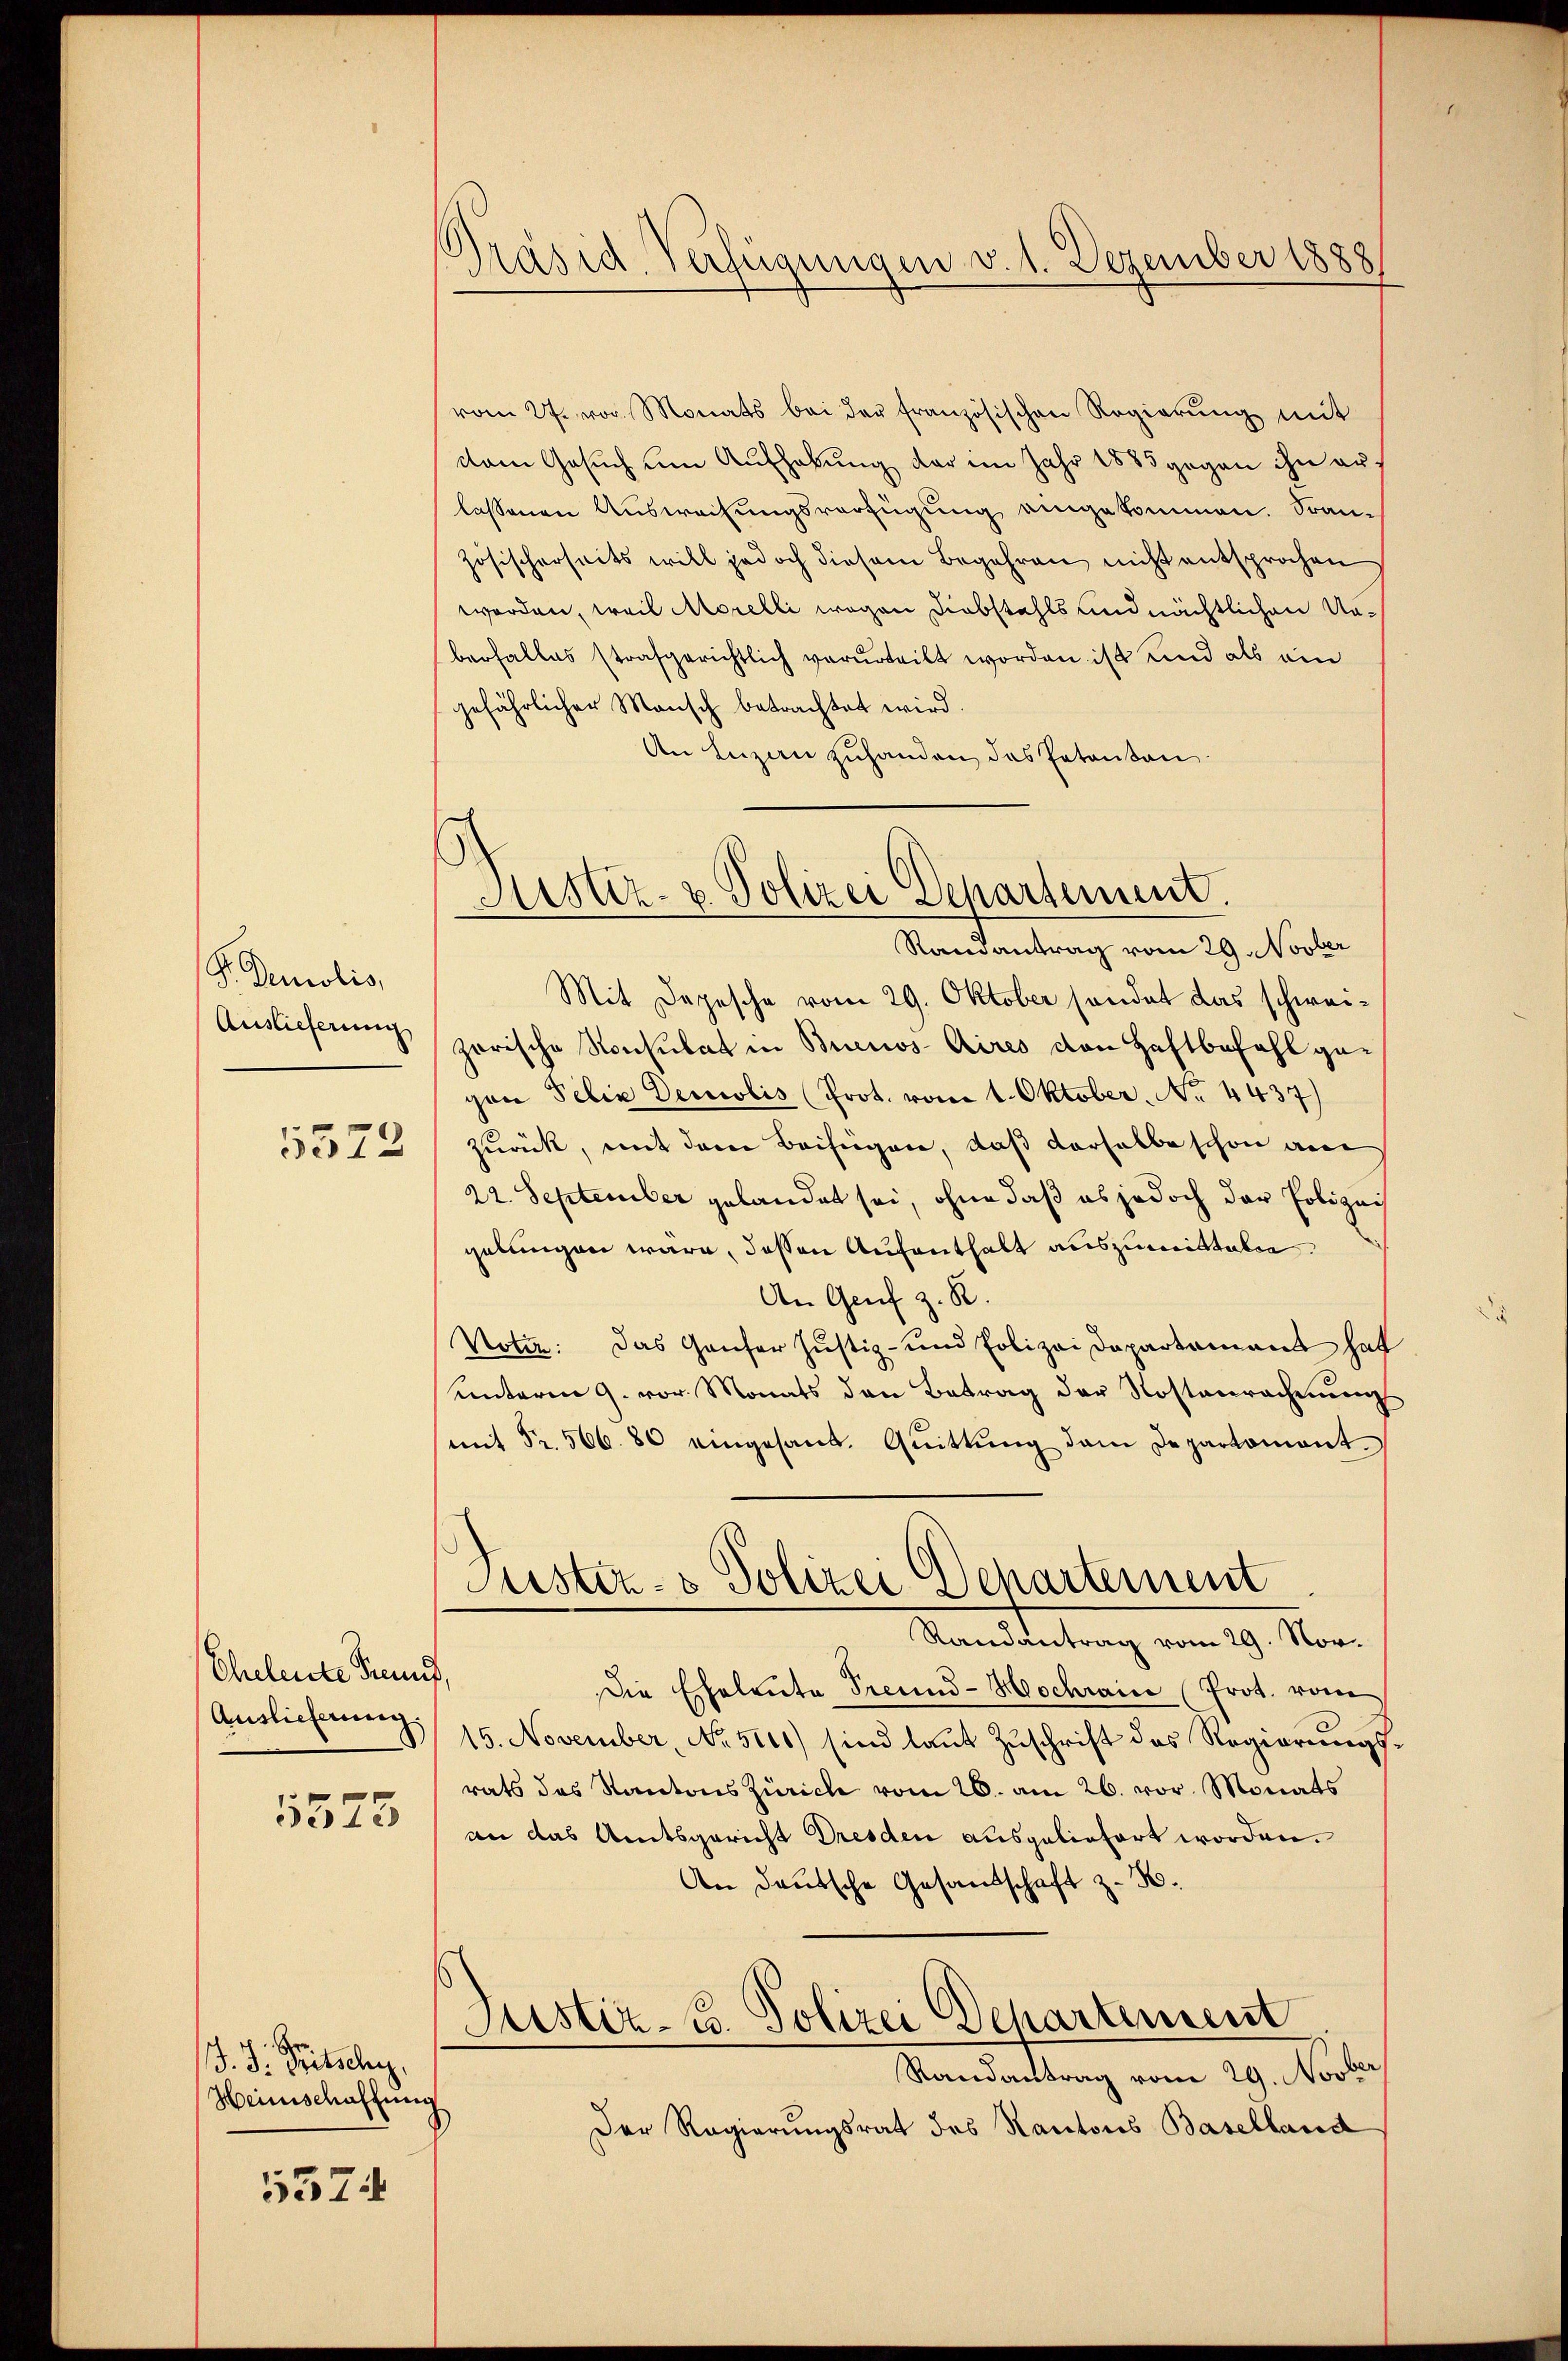
S. Demolis,
Auslieferung
5572

Cheleute Kennt,
Auslieferung.
1573

13. J. Tritschen,
Heimschaffung

5374

Präsid. Verfügungen v. 1. Dezember 1888

Austiz- & Polizei Departement.
Randantrag vom 29. Novber

vom 27. vor. Monats bei der französischen Regierŭng mit
dam Gesuch um Aufhebung der im Jahr 1883 gegen ihn au
lassenen Auswachungsverfügung eingekommen. Französischerseits will jedoch diesem Begehren nicht entsprochen
worden, weil Morelli wegen Diebstahls und nächtlichen Unberfalles strafgerichtlich verurteilt worden ist und als ein
gefährlicher Mensch betrachtet wird.
An Luzan zuhanden, das Petenton
Mit Depesche vom 29. Oktober sondet das schweizarische Konsulat in Buenos-Aires von Haftbefahl gegan Felix Demolis (Prot. vom 1. Oktober, No 4437)
zurück, mit dem Beifügen, daß derselbe schon am
22. September gelandet sei, ohne daß es jedoch der Polizeis
gelungen wäre, dessen Aufenthalt auszumittalen.
An Genf z. R.
Notiz: Das Ganfer Justiz- und Polizei Departement hat
unterm 9. vor. Monats den Betrag der Rostenrechnung
(mit Fr. 566. 80 eingesant. Quittŭng dem Departament
Pusten- & Polizei Departement
Randantrag vom 29. Nor
Die Eheleute Freund- Hochrain (Prot. vom
15. November, No. 5116) sind laut Zuschrift des Regierungs-
rats des Kantons Zürich vom 26. am 26. vor. Monats
an das Amtsgericht Dresden ausgeliefert worden.
An Deutsche Gesandschaft z. B.
Justiz- u. Polizei Departement
Randantrag vom 29. Novbr.
Der Regierungsrat des Kantons Baselland